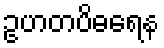
ဥဟတပိဓရေန